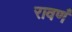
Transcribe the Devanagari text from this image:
रावणं